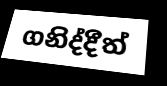
ගනිද්දීත්